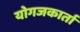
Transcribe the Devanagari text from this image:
योगजकार्ता